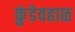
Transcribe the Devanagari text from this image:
कुंडेवहाळ